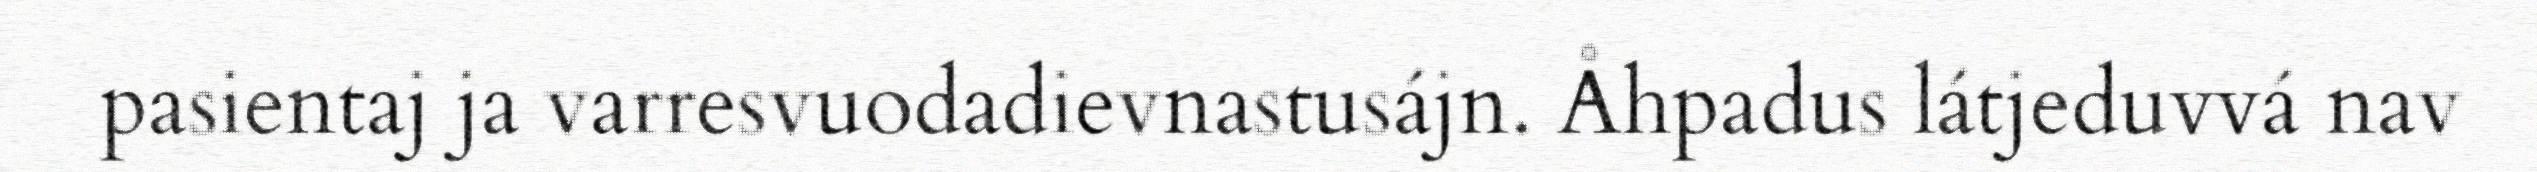
pasientaj ja varresvuodadievnastusájn. Åhpadus látjeduvvá nav